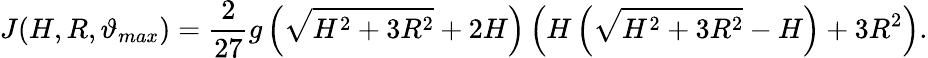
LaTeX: J(H,R,\vartheta_{max})=\frac{2}{27}g\left(\sqrt{H^{2}+3R^{2}}+2H\right)\left(H\left(\sqrt{H^{2}+3R^{2}}-H\right)+3R^{2}\right).